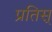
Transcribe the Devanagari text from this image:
प्रतिस्